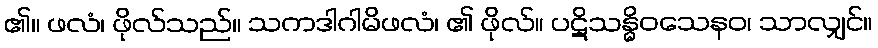
၏။ ဖလံ၊ ဖိုလ်သည်။ သကဒါဂါမိဖလံ၊ ၏ ဖိုလ်။ ပဋိသန္ဓိဝသေနဝ၊ သာလျှင်။